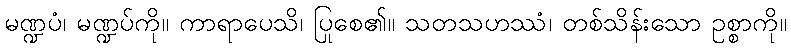
မဏ္ဍပံ၊ မဏ္ဍပ်ကို။ ကာရာပေသိ၊ ပြုစေ၏။ သတသဟဿံ၊ တစ်သိန်းသော ဥစ္စာကို။